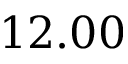
1 2 . 0 0